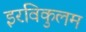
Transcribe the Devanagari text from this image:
इरविकुलम